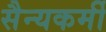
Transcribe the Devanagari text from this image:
सैन्यकर्मी